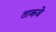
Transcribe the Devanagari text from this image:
ताकवे